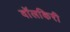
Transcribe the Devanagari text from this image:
वॉलकिरी